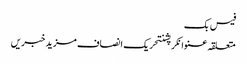
فیس بک
متعلقہ عنوانکرپشنتحریک انصاف مزید خبریں